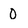
Character: 0